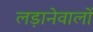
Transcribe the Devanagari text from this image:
लड़ानेवालों